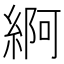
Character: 䋪